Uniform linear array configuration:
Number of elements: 4
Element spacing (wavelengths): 1
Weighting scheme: uniform
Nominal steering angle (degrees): -15
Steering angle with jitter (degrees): -14.208
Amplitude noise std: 0.05
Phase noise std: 0.05

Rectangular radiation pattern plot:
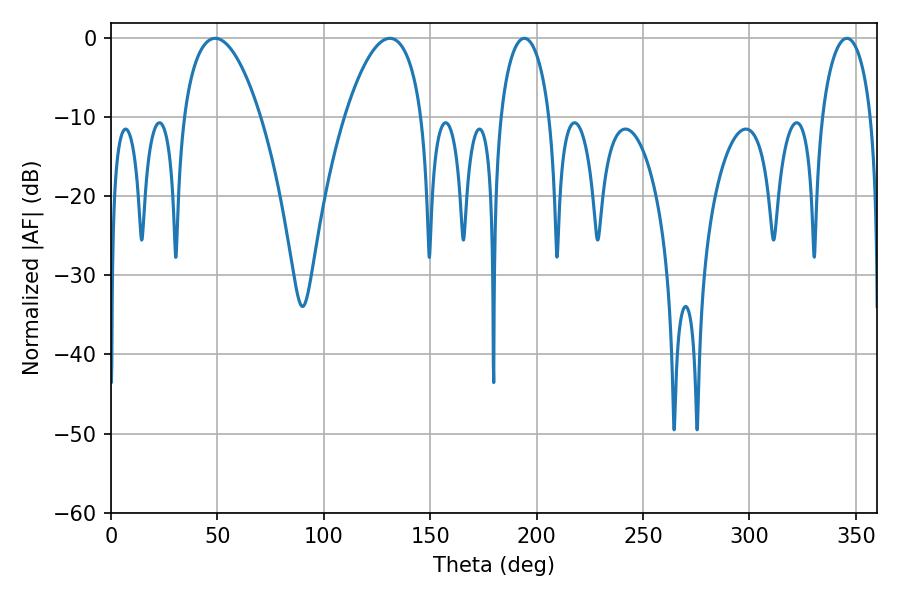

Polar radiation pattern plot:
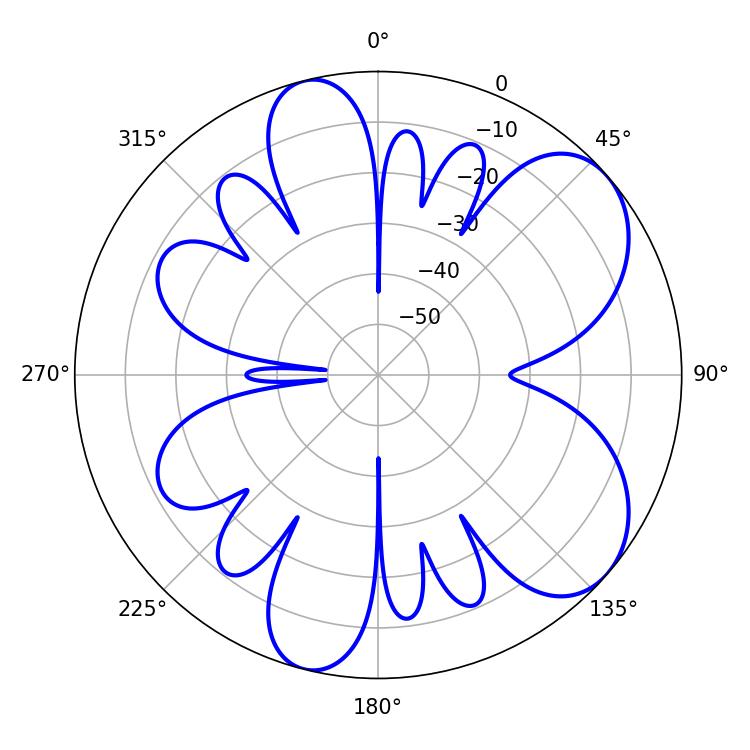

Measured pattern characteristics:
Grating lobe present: TRUE
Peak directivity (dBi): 6.857
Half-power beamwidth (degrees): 20.16
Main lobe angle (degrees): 48.96